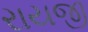
રાયજી